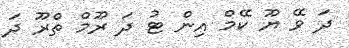
ދަ ވޭ ޔޫ ކޭމް އިން ޓު ދަ ރޫމް ތްރޫ ދަ